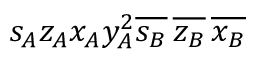
\displaystyle s _ { A } z _ { A } x _ { A } y _ { A } ^ { 2 } \overline { { s _ { B } } } \, \overline { { z _ { B } } } \, \overline { { x _ { B } } }